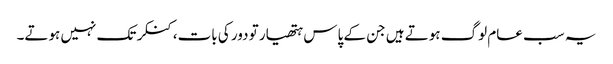
یہ سب عام لوگ ہوتے ہیں جن کے پاس ہتھیار تو دور کی بات،کنکر تک نہیں ہوتے۔